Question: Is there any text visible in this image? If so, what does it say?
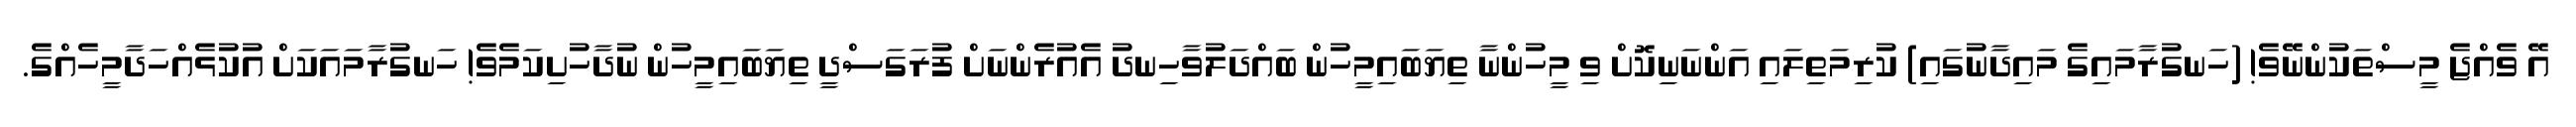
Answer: އޭ ވެއްޖެ މީސްތަކުންނޭވެ! (ހަނގުރާމައިގެ މައިދާނުގައި) ކުރިމަތިލައި އަންނަނިކޮށް ވި މީހުންނާ ތިޔަބައިމީހުން ބައްދަލުވާހިނދު އެއުރެންނަށް ފުރަގަސްދީ ތިޔަބައިމީހުން ނުދާހުށިކަމެވެ! ހަނގުރާމައަކަށް އުކުޅެއްހަދާމީހެއްގެ.